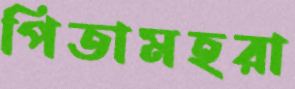
পিতামহরা